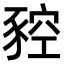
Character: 𧱡